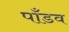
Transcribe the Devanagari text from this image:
पाँडव